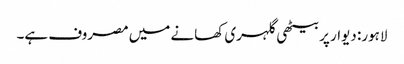
لاہور: دیوار پربیٹھی گلہری کھانے میں مصروف ہے۔